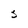
Character: 5